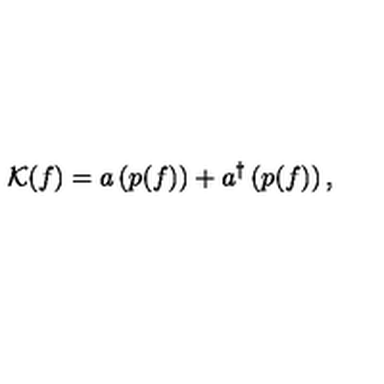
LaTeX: { \cal K } ( f ) = a \left( p ( f ) \right) + a ^ { \dagger } \left( p ( f ) \right) ,